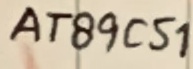
Text: AT89C51